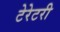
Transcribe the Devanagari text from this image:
टेरेटरी